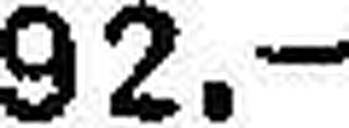
92.—